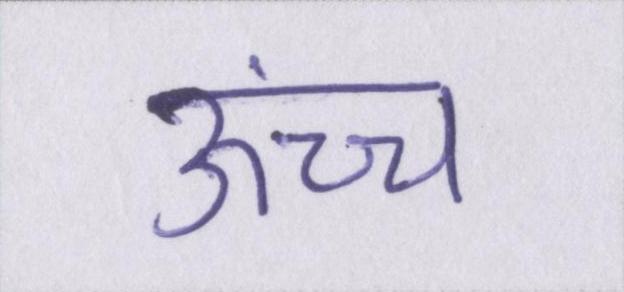
ऊंच्च